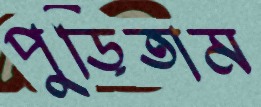
পুড়িতাম